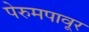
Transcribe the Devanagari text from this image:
पेरुमपावूर